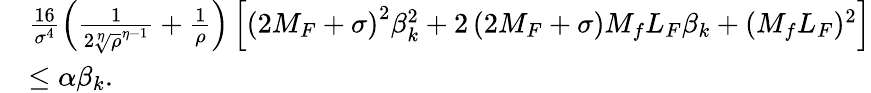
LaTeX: \begin{array}{rl}&{\frac{16}{\sigma^{4}}\left(\frac{1}{2{\sqrt[\eta]{\rho}}^{\eta-1}}+\frac{1}{\rho}\right)\left[\left(2M_{F}+\sigma\right)^{2}\beta_{k}^{2}+2\left(2M_{F}+\sigma\right)M_{f}L_{F}\beta_{k}+(M_{f}L_{F})^{2}\right]}\\ &{\leq{\alpha}\beta_{k}.}\end{array}